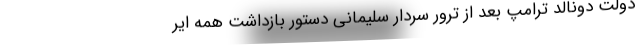
دولت دونالد ترامپ بعد از ترور سردار سلیمانی دستور بازداشت همه ایر